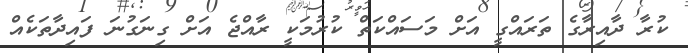
ކުރާ ދާއިރާގެ ތަރައްގީ އަށް މަސައްކަތް ކުރުމަކީ ރާއްޖެ އަށް ގިނަގުނަ ފައިދާތަކެއް